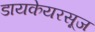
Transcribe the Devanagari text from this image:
डायकेयरसूज